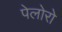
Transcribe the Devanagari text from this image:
पेलोरो